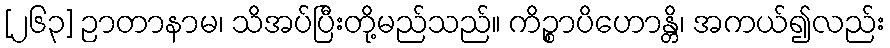
[၂၆၃] ဉာတာနာမ၊ သိအပ်ပြီးတို့မည်သည်။ ကိဉ္စာပိဟောန္တိ၊ အကယ်၍လည်း